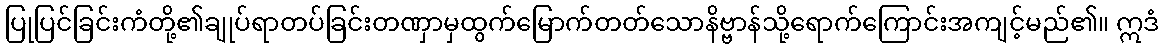
ပြုပြင်ခြင်းကံတို့၏ချုပ်ရာတပ်ခြင်းတဏှာမှထွက်မြောက်တတ်သောနိဗ္ဗာန်သို့ရောက်ကြောင်းအကျင့်မည်၏။ ဣဒံ